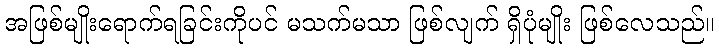
အဖြစ်မျိုးရောက်ရခြင်းကိုပင် မသက်မသာ ဖြစ်လျက် ရှိပုံမျိုး ဖြစ်လေသည်။